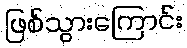
ဖြစ်သွားကြောင်း